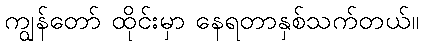
ကျွန်တော် ထိုင်းမှာ နေရတာနှစ်သက်တယ်။